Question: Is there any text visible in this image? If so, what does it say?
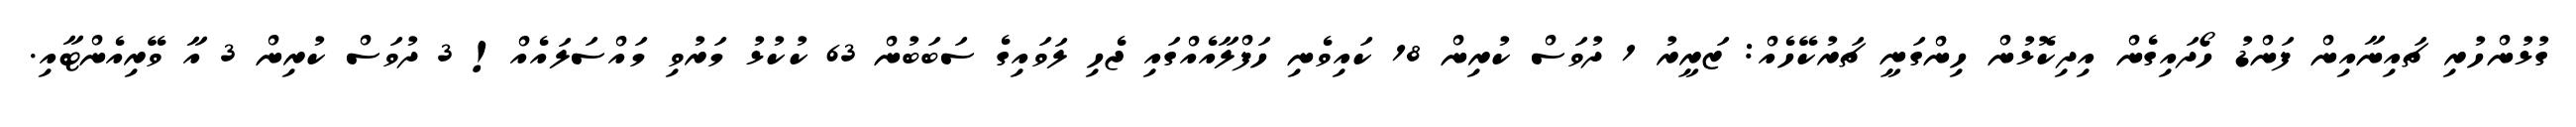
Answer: ގުޅުންހުރި ޗައިނާއިން ފަންޑު ހޯދައިގެން އިދިކޮޅުން ހިންގަނީ ޗަރުކޭހެއް: ޒަރީރު 1 ދުވަސް ކުރިން 18 ކައިވެނި ހަފްލާއެއްގައި ޖެހި ލަވައިގެ ސަބަބުން 63 ކުކުޅު މަރުވި މައްސަލައެއް! 3 ދުވަސް ކުރިން 3 އާ ވޭރިއެންޓާއި.